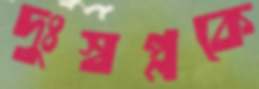
দুঃস্বপ্নকে